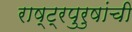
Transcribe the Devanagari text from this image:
राष्ट्रपुरुषांची